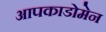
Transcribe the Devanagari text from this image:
आपकाडोमेन